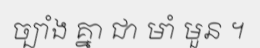
ច្បាំង គ្នា ជា មាំ មួន ។